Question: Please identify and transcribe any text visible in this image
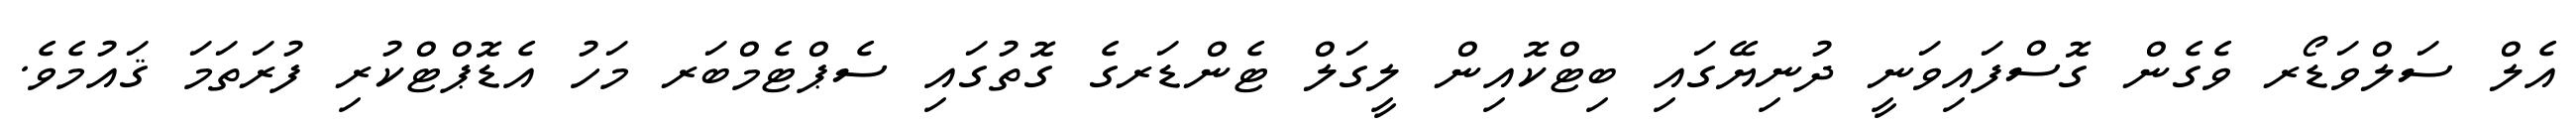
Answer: އެލް ސަލްވަޑޯރ ވެގެން ގޮސްފައިވަނީ ދުނިޔޭގައި ބިޓްކޮއިން ލީގަލް ޓެންޑަރގެ ގޮތުގައި ސެޕްޓެމްބަރ މަހު އެޑޮޕްޓްކުރި ފުރަތަމަ ޤައުމެވެ.